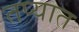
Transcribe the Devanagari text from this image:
तप्यात